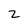
Character: z